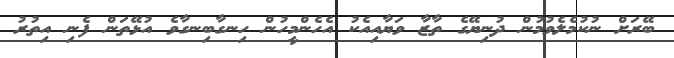
ބޭރަށް ނުކުމެލެވުމުން ދުނިޔޭގެ ތާޒާ ވަޔާއިއެކު އެހެންމީހުން ހިނގާބިނގާވެ އުޅޭތަން ފެނި އިތުރު